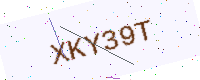
Text: XKY39T